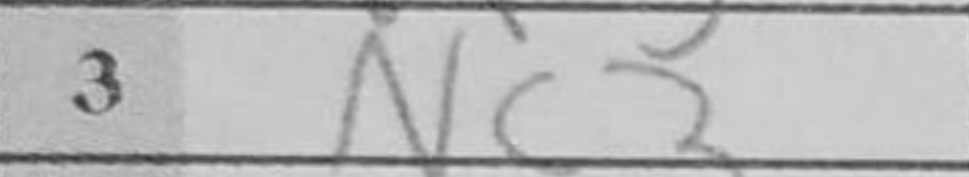
Transcription: Nc3